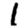
Digit: 1